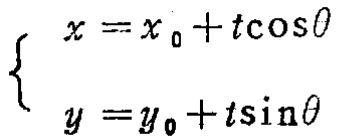
\[
\begin{cases}
x = x_0 + t\cos\theta \\
y = y_0 + t\sin\theta
\end{cases}
\]